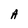
Character: A